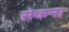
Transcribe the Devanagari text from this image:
सेकना